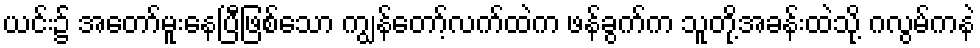
ယင်း၌ အတော်မူးနေပြီဖြစ်သော ကျွန်တော့်လက်ထဲက ဖန်ခွက်က သူတို့အခန်းထဲသို့ ဂလွမ်ကနဲ